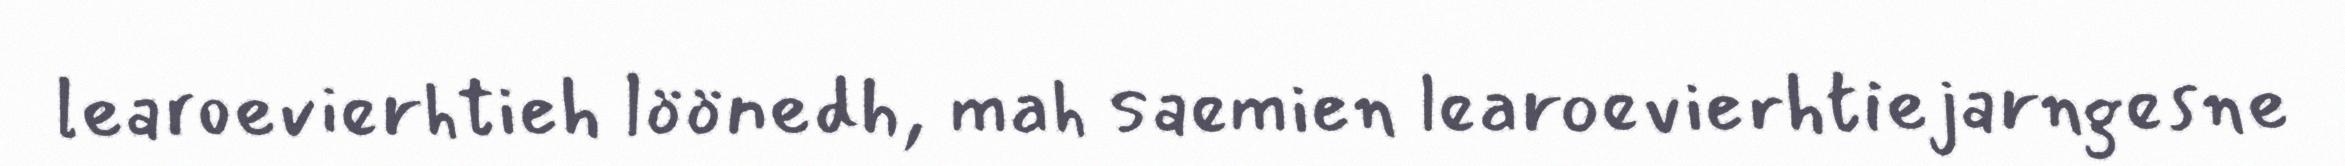
learoevierhtieh löönedh, mah saemien learoevierhtiejarngesne